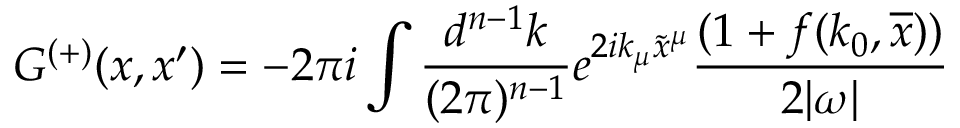
G ^ { ( + ) } ( x , x ^ { \prime } ) = - 2 \pi i \int \frac { d ^ { n - 1 } k } { ( 2 \pi ) ^ { n - 1 } } e ^ { 2 i k _ { \mu } \tilde { x } ^ { \mu } } \frac { ( 1 + f ( k _ { 0 } , \overline { { x } } ) ) } { 2 | \omega | }